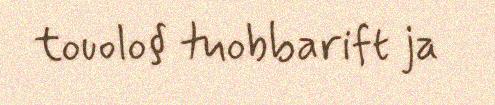
touolo§ tuobbarift ja